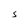
Character: s